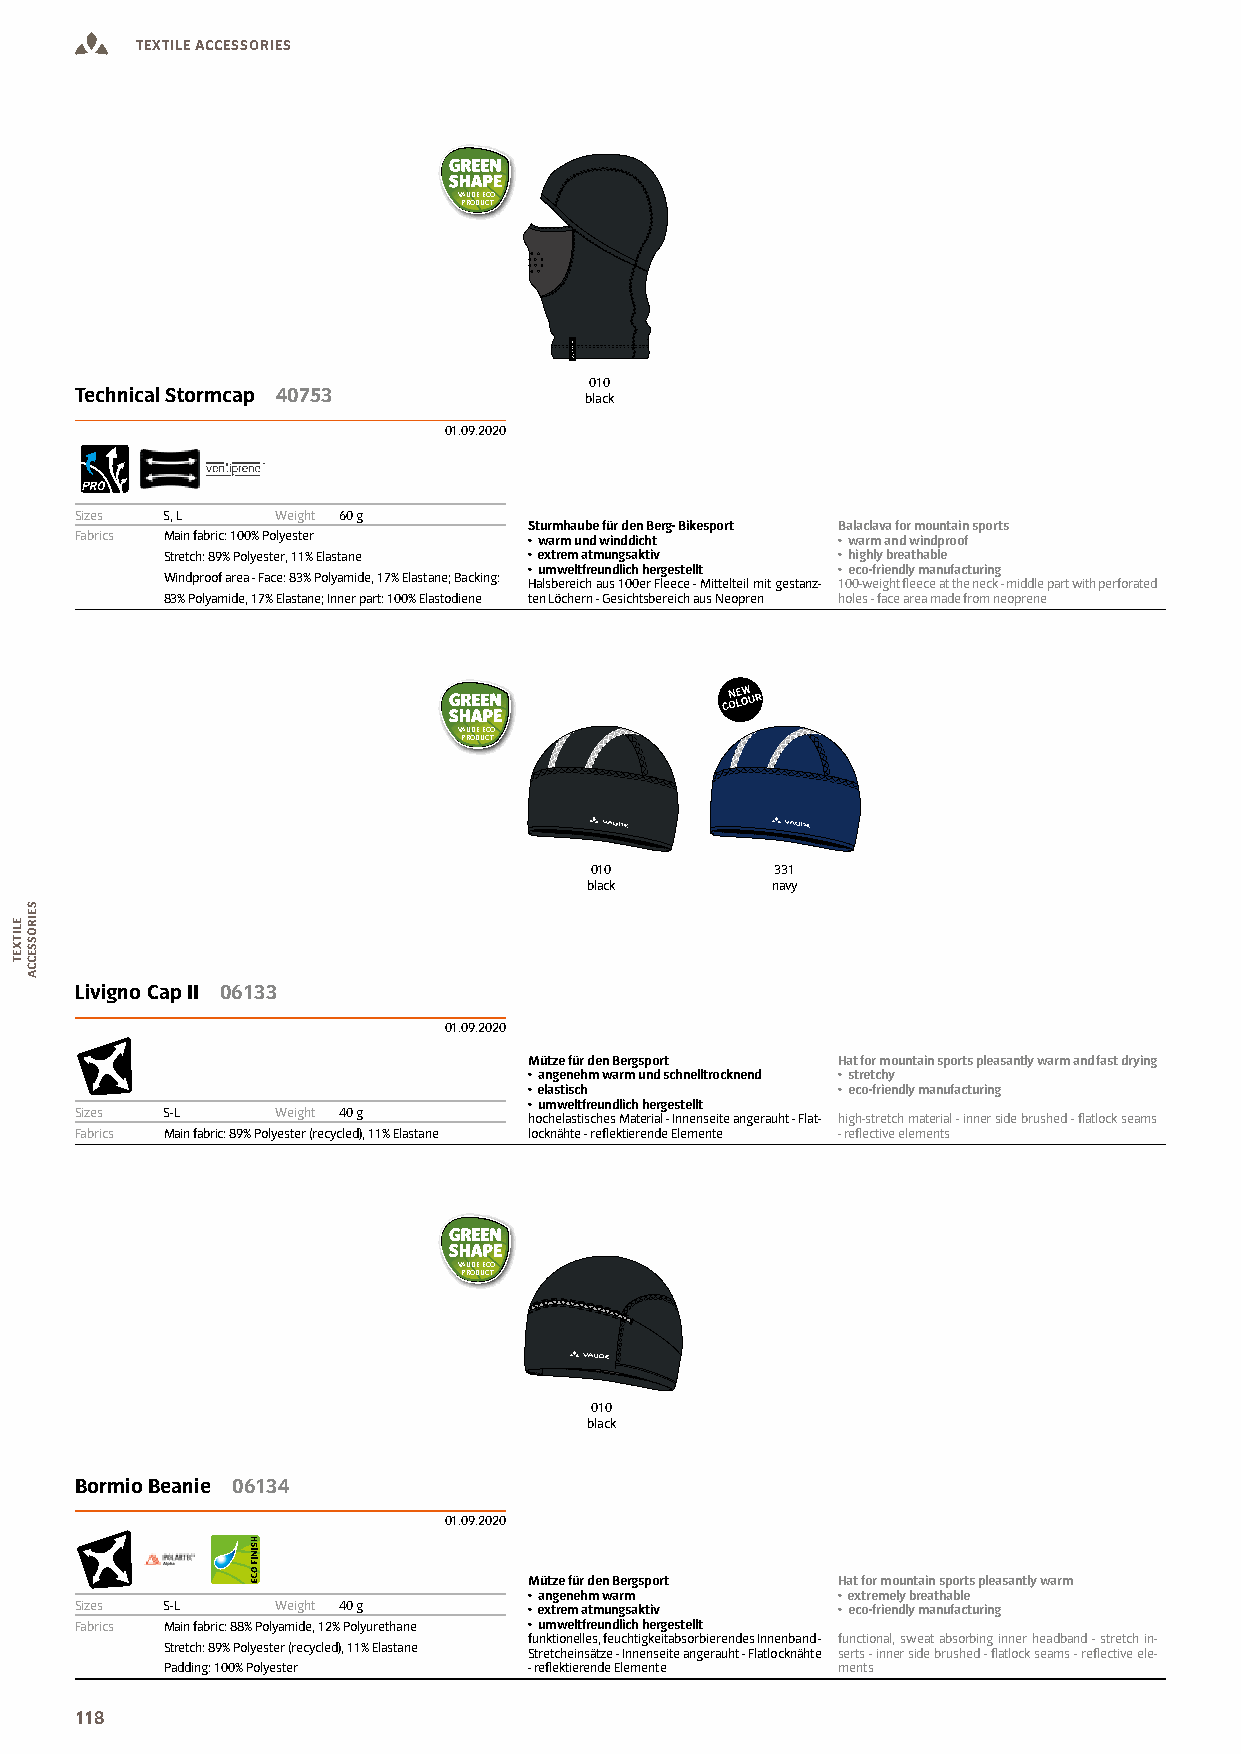
TEXTILE ACCESSORIES
 VAUDE ECO
 PRODUCT
 010
 Technical Stormcap 40753
 black
 01.09.2020
 Sizes S, L   Weight 60 g
 Sturmhaube für den Berg- Bikesport Balaclava for mountain sports
 Fabrics Main fabric: 100% Polyester • warm und winddicht • warm and windproof
 Stretch: 89% Polyester, 11% Elastane • extrem atmungsaktiv • highly breathable
 • umweltfreundlich hergestellt • eco-friendly manufacturing
 Windproof area - Face: 83% Polyamide, 17% Elastane; Backing: Halsbereich aus 100er Fleece - Mittelteil mit gestanz- 100-weight leece at the neck - middle part with perforated
 83% Polyamide, 17% Elastane; Inner part: 100% Elastodiene ten Löchern - Gesichtsbereich aus Neopren holes - face area made from neoprene
 VAUDE ECO
 PRODUCT
 010         331
 black       navy
 Livigno Cap II 06133
 01.09.2020
 Mütze für den Bergsport Hat for mountain sports pleasantly warm and fast drying
 • angenehm warm und schnelltrocknend • stretchy
 • elastisch         • eco-friendly manufacturing
 • umweltfreundlich hergestellt
 Sizes S-L    Weight 40 g      hochelastisches Material - Innenseite angerauht - Flat- high-stretch material - inner side brushed - latlock seams
 Fabrics Main fabric: 89% Polyester (recycled), 11% Elastane locknähte - relektierende Elemente - relective elements
 VAUDE ECO
 PRODUCT
 010
 black
 Bormio Beanie 06134
 01.09.2020
 Mütze für den Bergsport Hat for mountain sports pleasantly warm
 • angenehm warm     • extremely breathable
 Sizes S-L    Weight 40 g      • extrem atmungsaktiv • eco-friendly manufacturing
 Fabrics Main fabric: 88% Polyamide, 12% Polyurethane • umweltfreundlich hergestellt
 funktionelles, feuchtigkeitabsorbierendes Innenband - functional, sweat absorbing inner headband - stretch in-
 Stretch: 89% Polyester (recycled), 11% Elastane Stretcheinsätze - Innenseite angerauht - Flatlocknähte serts - inner side brushed - latlock seams - relective ele-
 Padding: 100% Polyester - relektierende Elemente ments
 118
 ELITXET
 SEIROSSECCA